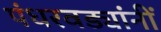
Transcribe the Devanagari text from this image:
पंधरवड्यांनीं